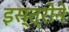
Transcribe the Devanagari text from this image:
इस्त्रोने